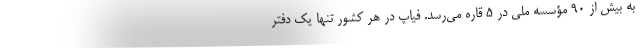
به بیش از ۹۰ مؤسسه ملی در ۵ قاره می‌رسد. فیاپ در هر کشور تنها یک دفتر